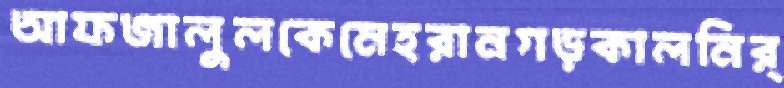
আফজালুলকেমেহরানগড়কালনির্